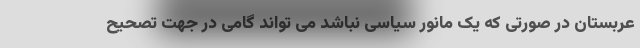
عربستان در صورتی که یک مانور سیاسی نباشد می تواند گامی در جهت تصحیح